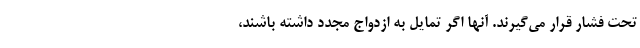
تحت فشار قرار می‌گیرند. آنها اگر تمایل به ازدواج مجدد داشته باشند،